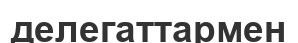
делегаттармен